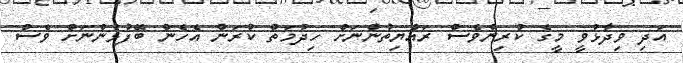
އަދި ވިދާޅުވީ މީގެ ކުރިންވެސް ރައްޔިތުންނަށް ހިދުމަތް ކުރަން އެހެން ބޭފުޅުންނަށް ވެސް